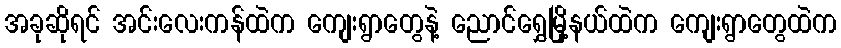
အခုဆိုရင် အင်းလေးကန်ထဲက ကျေးရွာတွေနဲ့ ညောင်ရွှေမြို့နယ်ထဲက ကျေးရွာတွေထဲက